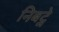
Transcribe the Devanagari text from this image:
निबट्ने